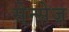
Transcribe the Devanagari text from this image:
सेन्सेज़